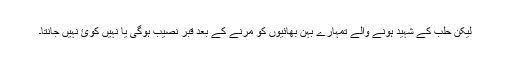
لیکن حلب کے شہید ہونے والے تمہارے بہن بھائیوں کو مرنے کے بعد قبر نصیب ہوگی یا نہیں کوئ نہیں جانتا۔